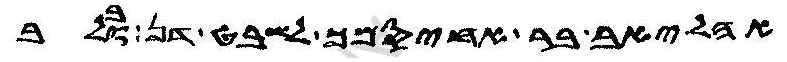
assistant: אהליב בר אחיסמך לשבט דן ובלב